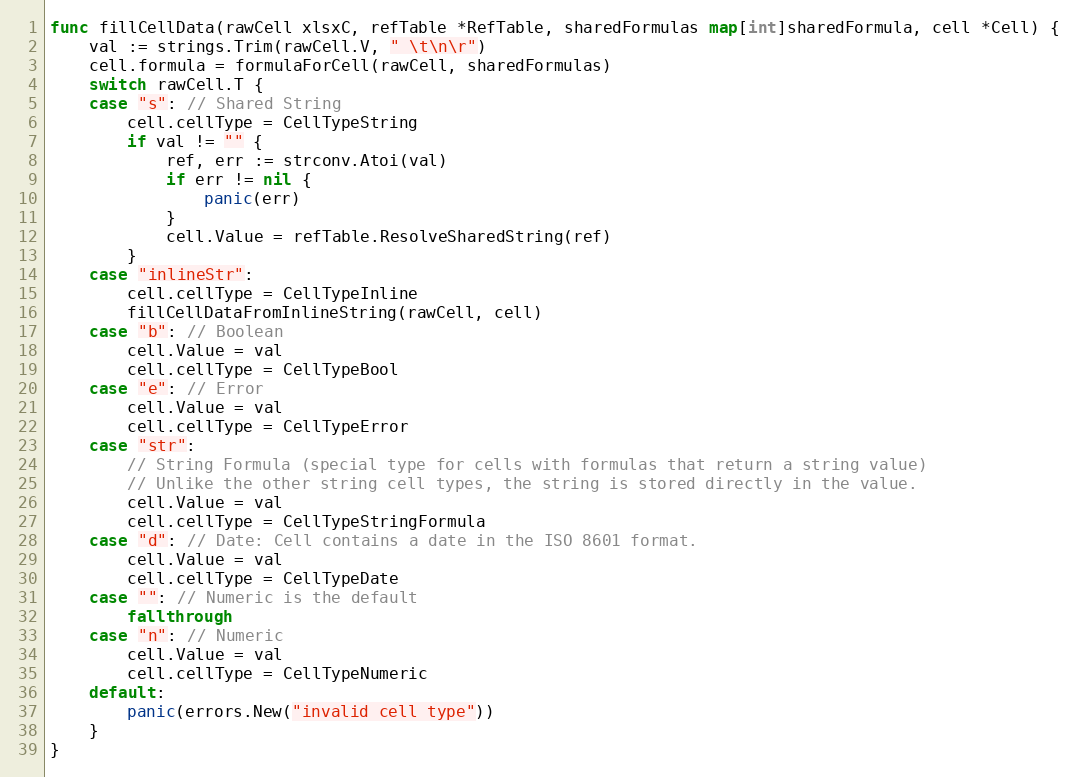
Language: Go
func fillCellData(rawCell xlsxC, refTable *RefTable, sharedFormulas map[int]sharedFormula, cell *Cell) {
	val := strings.Trim(rawCell.V, " \t\n\r")
	cell.formula = formulaForCell(rawCell, sharedFormulas)
	switch rawCell.T {
	case "s": // Shared String
		cell.cellType = CellTypeString
		if val != "" {
			ref, err := strconv.Atoi(val)
			if err != nil {
				panic(err)
			}
			cell.Value = refTable.ResolveSharedString(ref)
		}
	case "inlineStr":
		cell.cellType = CellTypeInline
		fillCellDataFromInlineString(rawCell, cell)
	case "b": // Boolean
		cell.Value = val
		cell.cellType = CellTypeBool
	case "e": // Error
		cell.Value = val
		cell.cellType = CellTypeError
	case "str":
		// String Formula (special type for cells with formulas that return a string value)
		// Unlike the other string cell types, the string is stored directly in the value.
		cell.Value = val
		cell.cellType = CellTypeStringFormula
	case "d": // Date: Cell contains a date in the ISO 8601 format.
		cell.Value = val
		cell.cellType = CellTypeDate
	case "": // Numeric is the default
		fallthrough
	case "n": // Numeric
		cell.Value = val
		cell.cellType = CellTypeNumeric
	default:
		panic(errors.New("invalid cell type"))
	}
}